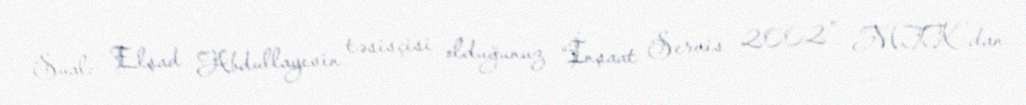
Sual: - Elşad Abdullayevin təsisçisi olduğunuz “İnşaat Servis 2002" MTK-dan